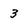
Character: 3